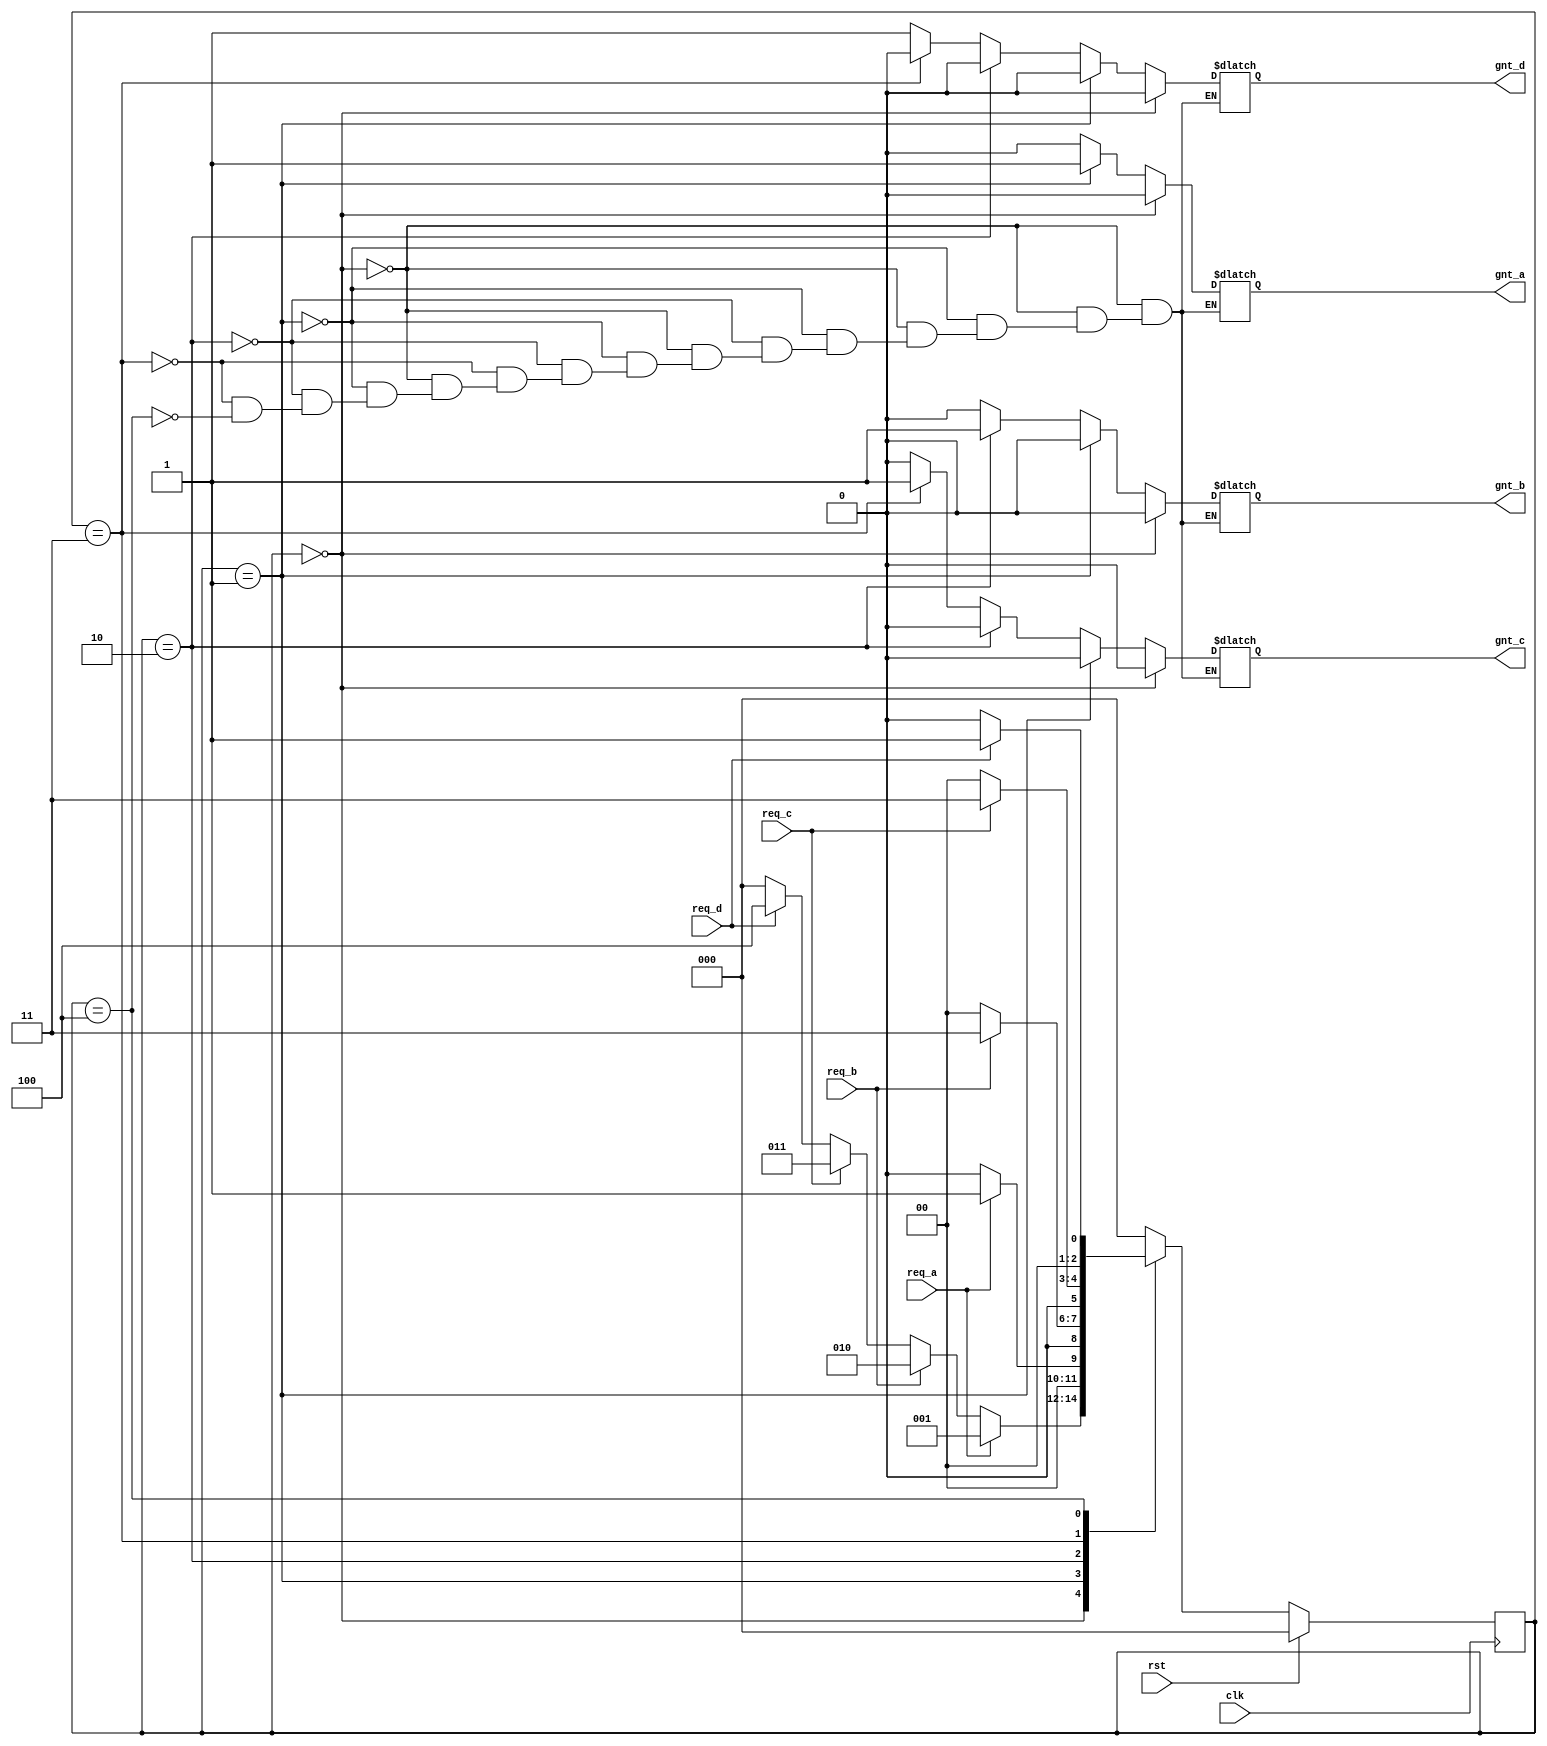
module priority_resolver(gnt_a,gnt_b,gnt_c,gnt_d,req_a,req_b,req_c,req_d,clk,rst);
  
   output reg gnt_a,gnt_b,gnt_c,gnt_d;
   input req_a,req_b,req_c,req_d;
   input clk,rst;

   parameter idle=3'b000;
   parameter GNTa=3'b001;
   parameter GNTb=3'b010;
   parameter GNTc=3'b011;
   parameter GNTd=3'b100;

   reg [2:0]  p_s,n_s;


   always @ (posedge clk)
     begin
    if(rst)
      p_s=idle;
    else
      p_s=n_s;
     end


   always @ (p_s,req_a,req_b,req_c,req_d)
     begin
    
    n_s=0;

    case (p_s)

      idle:begin

         if(req_a)
           n_s=GNTa;
         else if(req_b)
           n_s=GNTb;
         else if(req_c)
           n_s=GNTc;
         else if(req_d)
           n_s=GNTd;
         else
           n_s=idle;
      end 
      
        GNTa:begin

         if(req_a)
           n_s=GNTa;
         else
           n_s=idle;
      end

      GNTb:begin
         if(req_b)
           n_s=GNTc;
         else
           n_s=idle;
      end

      GNTc:begin
         if(req_c)
           n_s=GNTc;
         else
           n_s=idle;
      end

      GNTd:begin
         if(req_d)
           n_s=GNTa;
         else
           n_s=idle;
      end
    endcase 
     end


always @ (p_s)
  begin
     if(p_s==idle)
       begin
      gnt_a=0;
      gnt_b=0;
      gnt_c=0;
      gnt_d=0;
       end
     else if(p_s==GNTa)
       begin
      gnt_a=1;
      gnt_b=0;
      gnt_c=0;
      gnt_d=0;
       end
     else if(p_s==GNTb)
       begin
      gnt_a=0;
      gnt_b=1;
      gnt_c=0;
      gnt_d=0;
       end
     else if(p_s==GNTc)
       begin
      gnt_a=0;
      gnt_b=0;
      gnt_c=1;
      gnt_d=0;
       end
     else if(p_s==GNTd)
       begin
      gnt_a=0;
      gnt_b=0;
      gnt_c=0;
      gnt_d=1;
       end
  end 
endmodule